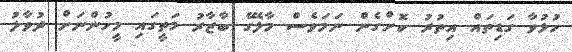
ހުޅުވާ ގަޑިތައް އިތުރު ކޮށްގެން ނަމަވެސް މާލޭގެ ބާޒާރު މަތީގައި މީހުންނަށް ދުވާލު